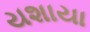
યશાયા